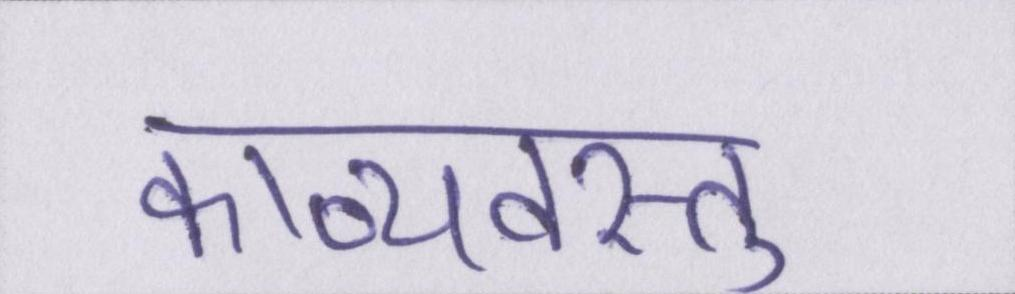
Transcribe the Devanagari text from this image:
काव्यवस्तु